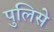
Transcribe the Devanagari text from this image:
पुलिसे